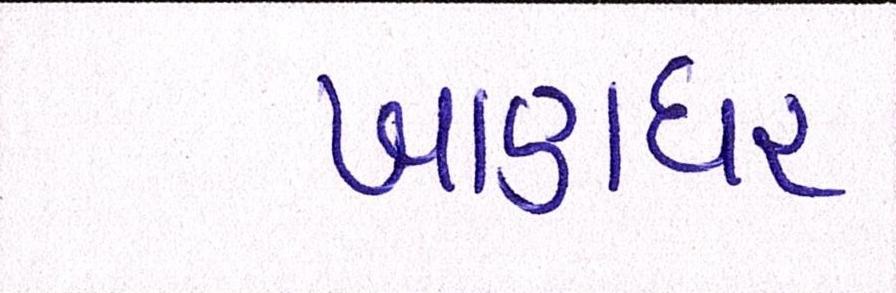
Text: ખાણધર